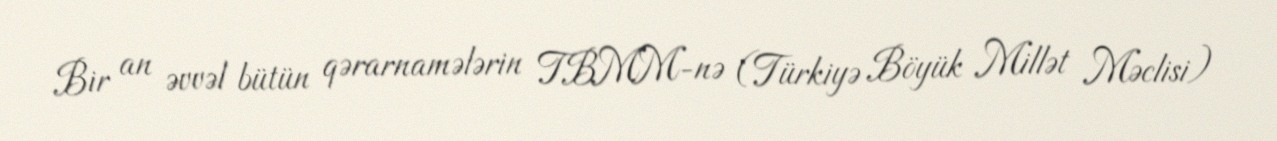
Bir an əvvəl bütün qərarnamələrin TBMM-nə (Türkiyə Böyük Millət Məclisi)